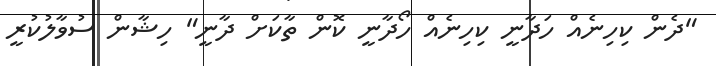
"ދެން ކިހިނެއް ހަދާނީ ކިހިނެއް ހޯދާނީ ކޮން ތާކަށް ދާނީ" ހިޝާން ސުވާލުކުރީ